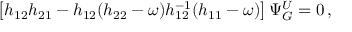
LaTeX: \left[ h _ { 1 2 } h _ { 2 1 } - h _ { 1 2 } ( h _ { 2 2 } - \omega ) h _ { 1 2 } ^ { - 1 } ( h _ { 1 1 } - \omega ) \right] \Psi _ { G } ^ { U } = 0 \, ,